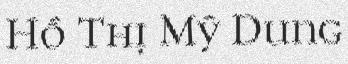
Hồ Thị Mỹ Dung